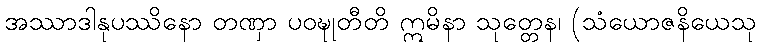
အဿာဒါနုပဿိနော တဏှာ ပဝဍ္ဎုတီတိ ဣမိနာ သုတ္တေန၊ (သံယောဇနိယေသု